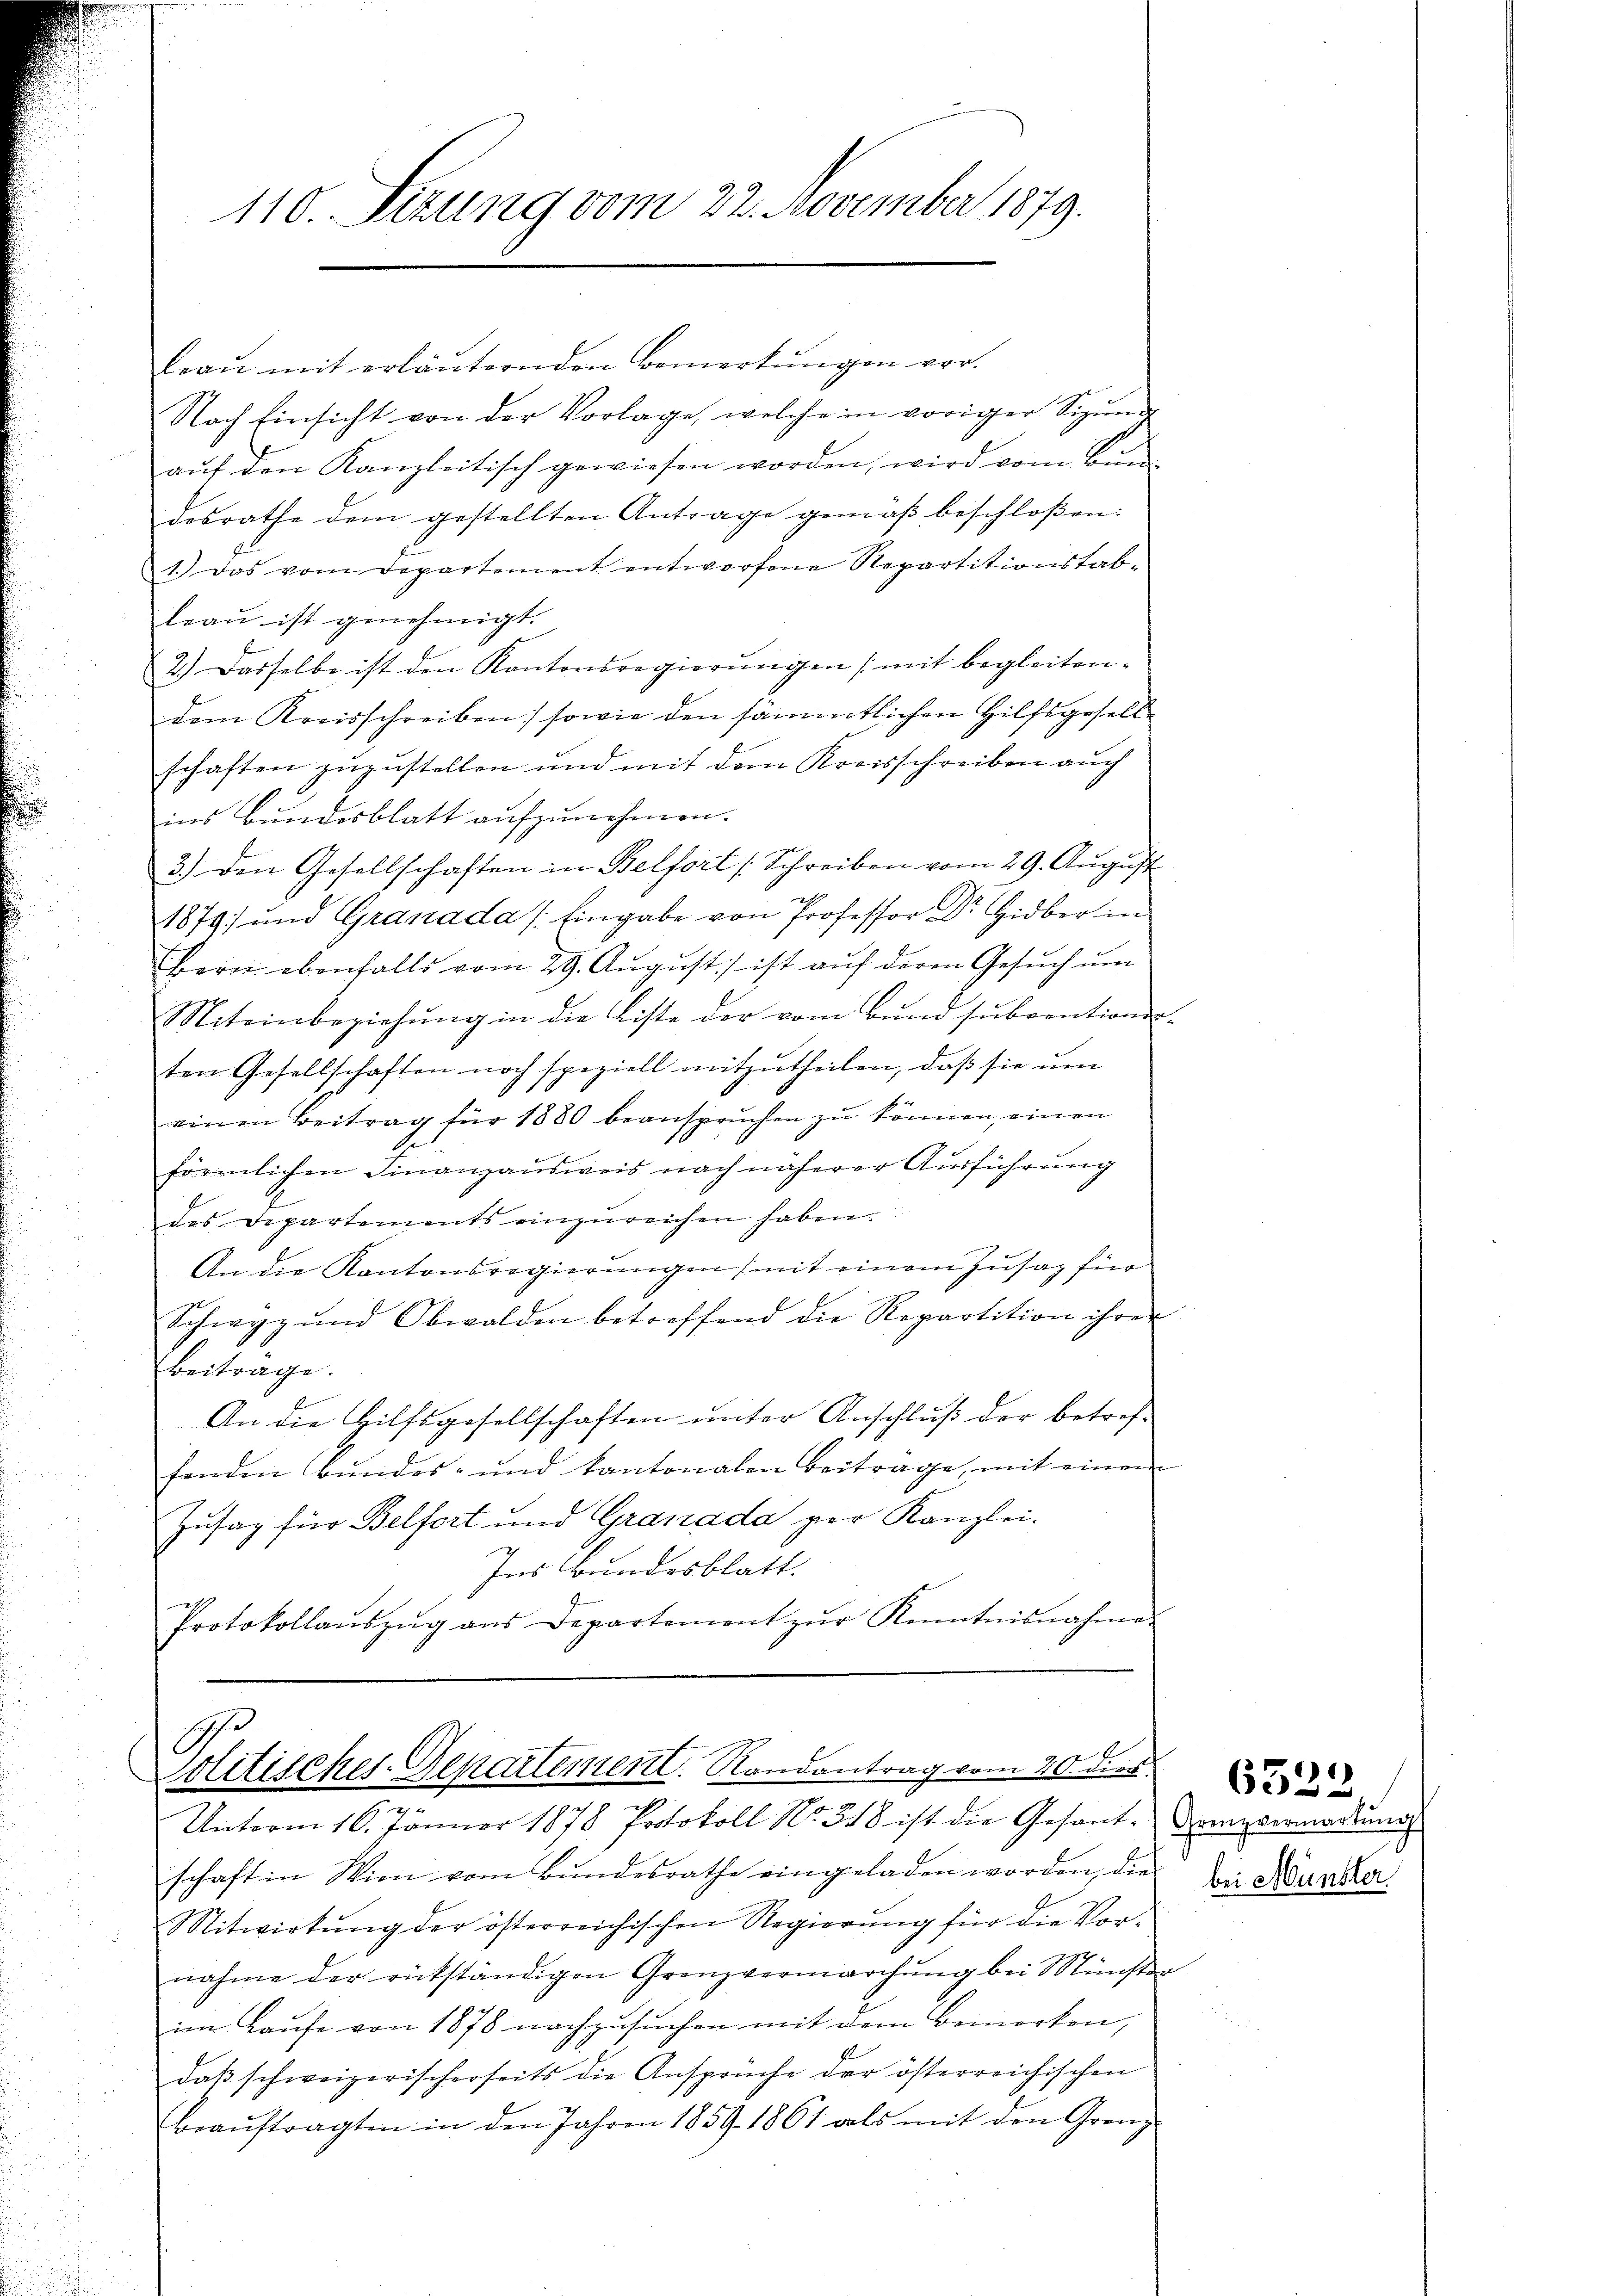
110. Setzung vom 22. November 1879.

Fraŭ mit erläuternden Bemerkŭngen vor.
Nach Einsicht von der Vorlage, welche in voriger Sizŭnde
aŭf den Kanzleitisch gewiesen worden, wird vom Bun-
desrathe dem gestellten Antrage gemäß beschloßen:
1.) Das vom Departement entworfene Repartitionstab-
leau ist genehmigt.
2.) Dasselbe ist den Kantonsregierŭngen (mit begleiten-
dem Kreisschreiben sowie den sämmtlichen Hilfsgesellschaften zuzustellen und mit dem Kreisschreiben auch
ins Bundesblatt aufzunehmen.
3.) Den Gesellschaften in Belfort (Schreiben vom 29. August
2
1879 und Granada /: Eingabe von Professor Dr Hidber in
Bern ebenfalls vom 29. August) ist auf deren Gesŭch ŭm
Miteinbeziehung in die Liste der vom Bund subventions-
ten Gesellschaften noch speziell mitzutheilen, daß sie um
einen Beitrag für 1880 beansprŭchen zŭ können, einen
förmlichen Finanzausweis nach näherer Ausführung
des Departements einzŭreichen haben.
An die Kantonsregierŭngen, mit einem Zusag für
Schwyz und Obwalden betreffend die Repartition ihrer
Beitrage.
An die Hilfsgesellschaften unter Anschluß der betref-
fenden Bundes- und kantonalen Beitrage, mit einem
Zusag für Belfort und Granada per Kanzlei.
Ins Bundesblatt.
2
Protokollaŭszŭg ans Departement zŭr Kenntnisnahme

.
solitisches-Departement. Randantrag vom 20. dies

Unterm 16. Jänner 1878 Protokoll No. 318 ist die Gesant-Grenzvermarkung
schaft in Wien vom Bundesrathe eingeladen worden, die
Mitwirkŭng der österreichischen Regierŭng für die Vor-
nahme der rückständigen Grenzvermarchung bei Münster
im Laufe von 1878 nachzusuchen mit dem Bemerken,
daß schweizerischerseits die Ansprüche der österreichischen
beaŭftragten in den Jahren 1859. 1861 als mit den Grenz

6322

bei Münster